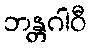
ဘန္တဂါဝီ